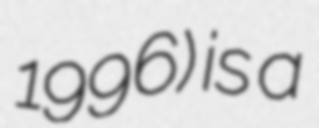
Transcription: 1996) is a